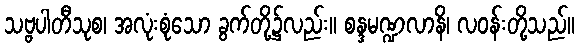
သဗ္ဗပါတီသုစ၊ အလုံးစုံသော ခွက်တို့၌လည်း။ စန္ဒမဏ္ဍလာနိ၊ လဝန်းတို့သည်။